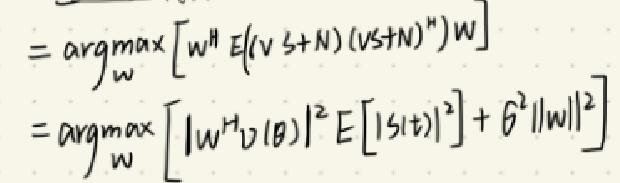
\begin{align*}
&=\underset{\boldsymbol{w}}{\arg\max}\left[\boldsymbol{w}^H\mathbb{E}[(\boldsymbol{v}s + \boldsymbol{N})(\boldsymbol{v}s+\boldsymbol{N})^H]\boldsymbol{w}\right]\\
&=\underset{\boldsymbol{w}}{\arg\max}\left[\left|\boldsymbol{w}^H\boldsymbol{v}(\theta)\right|^2\mathbb{E}\left[\left|s(t)\right|^2\right]+\sigma^2\|\boldsymbol{w}\|^2\right]
\end{align*}